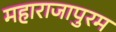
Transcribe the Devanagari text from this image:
महाराजापुरम